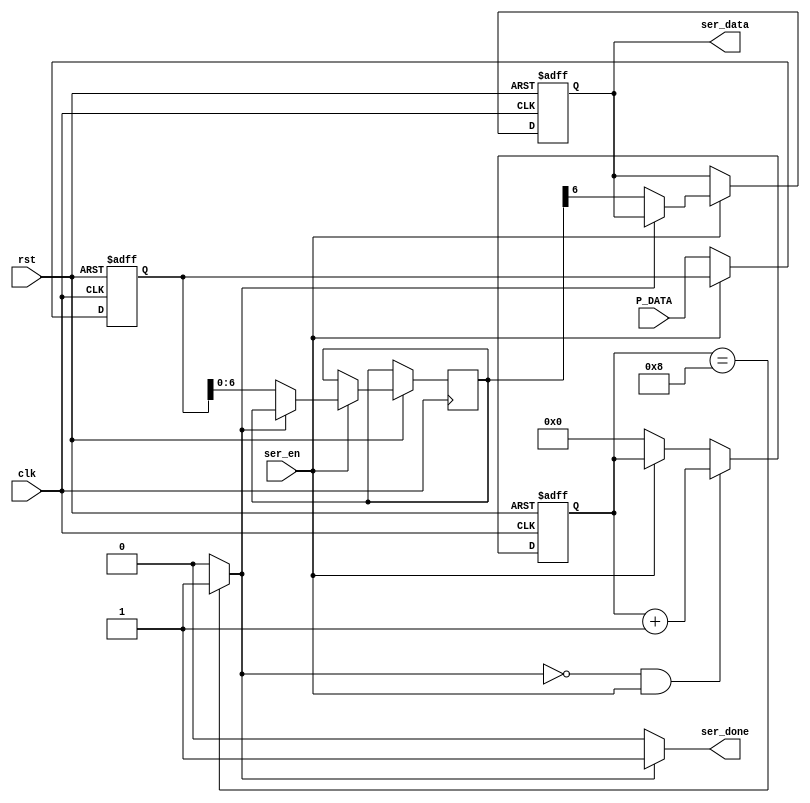
module serializer (
    input  wire [7:0] P_DATA,
    input  wire       clk, rst,
    input  wire       ser_en,
    output reg        ser_data,
    output reg        ser_done
);

reg [3:0] counter;
//reg [7:0] P_DATA_reg;
reg [7:0] Received_Data;
reg       count_done;

// always @(*) begin
//     if(count_done == 'b1)
//     begin
//         P_DATA_reg = 'b0;
//     end
//     else
//     begin
//         P_DATA_reg = P_DATA;
//     end
// end

always @(posedge clk or negedge rst) begin
    if(!rst)
    begin
        Received_Data <= 'b0;
    end
    else if(!ser_en)
    begin
        Received_Data <= P_DATA;
    end
end

always @(posedge clk or negedge rst) begin
    if(!rst)
    begin
        counter <= 'b0;
    end
    else if(count_done == 0 && ser_en == 'b1)
    begin
        counter <= counter + 'b1;
    end
    else if(ser_en == 'b0)
    begin
        counter <= 'b0;
    end
end

always @(*) begin
    if(counter == 'd8)
    begin
        count_done = 'b1;
    end
    else if(ser_en == 'b0)
    begin
        count_done = 'b0;
    end
    else
    begin
        count_done = 'b0;
    end
end

always @(*) begin
    if(count_done == 'b1)
    begin
        ser_done = 'b1;
    end
    else
    begin
        ser_done = 'b0;
    end
end

always @(posedge clk or negedge rst) begin
    if(!rst)
    begin
        ser_data <= 'b0;
    end
    else if(ser_en=='b1)
    begin
        if(! count_done)
        begin
            {ser_data, Received_Data[7:1]} <= Received_Data;
        end
    end
end

endmodule